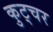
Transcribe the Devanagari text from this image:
कुट्चर